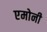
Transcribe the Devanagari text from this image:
एमोनी